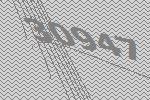
30947